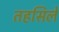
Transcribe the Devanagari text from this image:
तहसिले